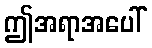
ဤအရာအပေါ်